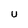
Character: U